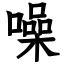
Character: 噪